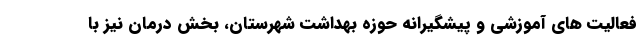
فعالیت های آموزشی و پیشگیرانه حوزه بهداشت شهرستان، بخش درمان نیز با